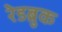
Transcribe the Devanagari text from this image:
रेडब्रुक